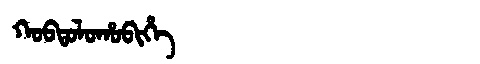
Manchu: ᡴᠣᠪᡨᠣᠯᠣᡥᠣᠪᡳᡥᡝ
Romanization: KOBTOLOHOBIHE